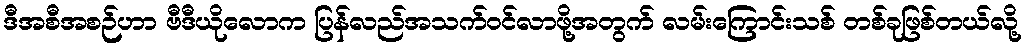
ဒီအစီအစဉ်ဟာ ဗီဒီယိုလောက ပြန်လည်အသက်ဝင်လာဖို့အတွက် လမ်းကြောင်းသစ် တစ်ခုဖြစ်တယ်လို့